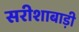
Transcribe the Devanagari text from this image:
सरीशाबाड़ी